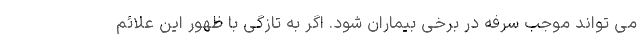
می تواند موجب سرفه در برخی بیماران شود. اگر به تازگی با ظهور این علائم